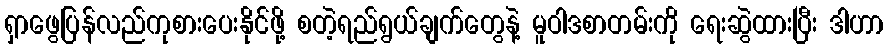
ရှာဖွေပြန်လည်ကုစားပေးနိုင်ဖို့ စတဲ့ရည်ရွယ်ချက်တွေနဲ့ မူဝါဒစာတမ်းကို ရေးဆွဲထားပြီး ဒါဟာ